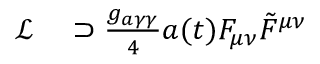
\begin{array} { r l } { \mathcal { L } } & { { } \supset \frac { g _ { a \gamma \gamma } } { 4 } a ( t ) F _ { \mu \nu } \tilde { F } ^ { \mu \nu } } \end{array}